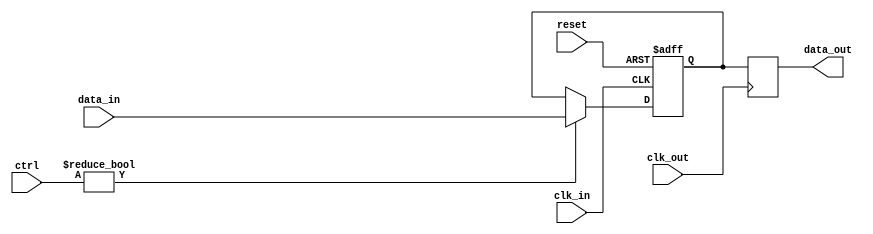
module simple_bypass_register (
    input wire clk_in,
    input wire reset,
    input wire [DATA_WIDTH-1:0] data_in,
    input wire [DATA_WIDTH-1:0] ctrl,
    output reg [DATA_WIDTH-1:0] data_out,
    input wire clk_out
);

parameter DATA_WIDTH = 16;

reg [DATA_WIDTH-1:0] reg_data;

always @(posedge clk_in or posedge reset) begin
    if (reset) begin
        reg_data <= 0;
    end else begin
        if (ctrl) begin
            reg_data <= data_in;
        end
    end
end

always @(posedge clk_out) begin
    data_out <= reg_data;
end

endmodule